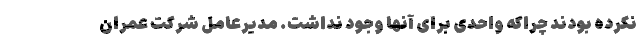
نکرده بودند چراکه واحدی برای آنها وجود نداشت. مدیرعامل شرکت عمران